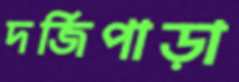
দর্জিপাড়া